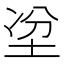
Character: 𡋇